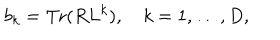
b _ { k } = \mathrm { T r } ( R L ^ { k } ) , \quad k = 1 , \ldots , D ,